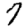
Digit: 7